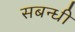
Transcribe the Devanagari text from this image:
सबन्धी